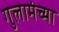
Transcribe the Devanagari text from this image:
गुलामंच्या